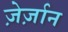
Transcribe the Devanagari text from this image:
ज़ेर्ज़ान